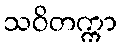
သဝိတက္ကာ